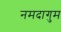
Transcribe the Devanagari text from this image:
नमदागुम